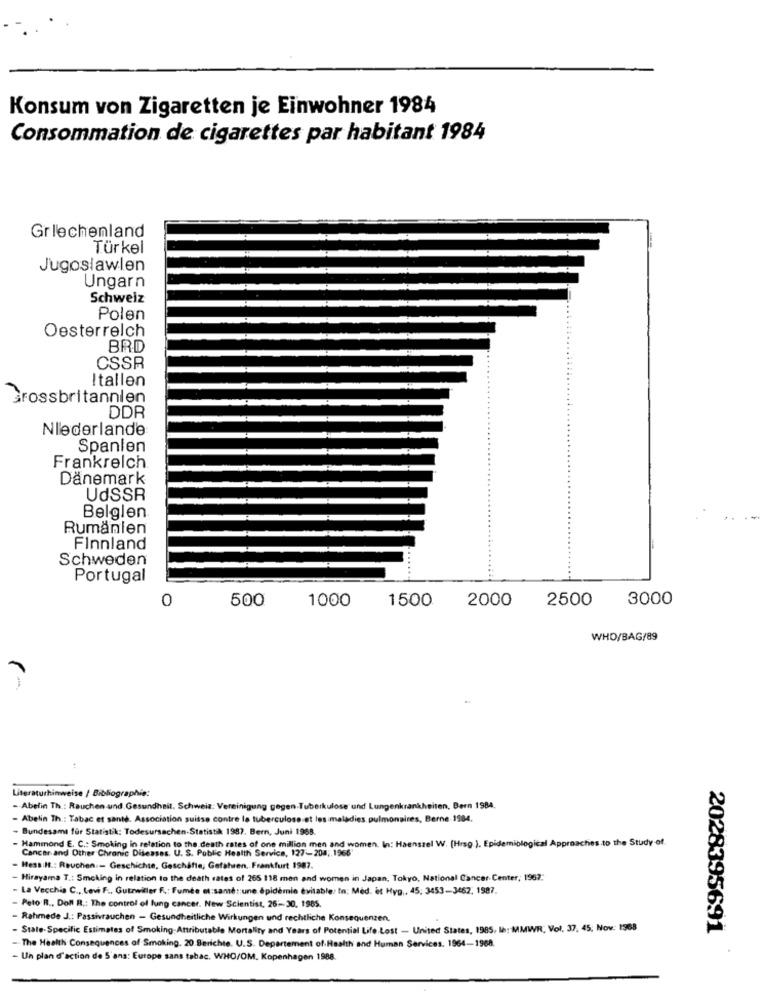
Konsum von Zigaretten je Einwohner 1984
Consommation de cigarettes par habitant 1984
Griechenland
Türkel
Jugoslawien
Ungarn
Schweiz
Polen
Oesterreich
BRD
CSSR
Itallen
Grossbritannien
DDR
Niederlande
Spanien
Frankreich
Dänemark
UdSSR
Belgien
Rumänien
Finnland
Schweden
......
Portugal
0
500
1000
1500
2000
2500
3000
WHO/BAG/89
Literaturhinweise / Bibliographie:
- Abelin Th .: Rauchen-und.Gesundheit. Schweiz: Vereinigung gegen.Tuberkulose und Lungenkrankheiten, Bern 1984.
- Abelin Th .: Tabac et santé. Association suisse contre la tuberculose et les maladies pulmonaires, Berne 1984.
Bundesamt für Statistik: Todesursachen-Statistik 1987. Bern, Juni 1968.
Hammond E. C .: Smoking in relation to the death rates of one million men and women. In: Haenszel W. (Hrsg ). Epidemiological Approaches to the Study of.
Cancer and Other Chronic Diseases. U. S. Public Health Service, 127-204, 1966
Hess It .: Rauchen :- Geschichte, Geschäfte, Gefahren, Frankfurt 1987.
Hirayama T .: Smoking in relation to the death rates of 265 118 men and women in Japan, Tokyo, National Cancer Center, 1967."
- La Vecchia C .,, Levi F ., Gutzwiller R .: Fumée et:samé :: une épidémie évitable: In: Méd, èt Hyg ,, 45, 3453-3462, 1987.
- Peto R ., Doll R .: The control of lung cancer. New Scientist, 26:30, 1985.
- Rahmede J .: Passivrauchen - Gesundheitliche Wirkungen und rechtliche Konsequenzen.
- State-Specific Estimates of Smoking- Attributable Mortality and Years of Potential Life.Lost - United States, 1985, In: MMWR; Vol, 37, 45. Nov. 1968
2028395691
The Health Consequences of Smoking. 20 Berichte. U.S. Departement of Health and Human Services. 1964-1968.
- Un plan d'action de 5 ans: Europe sans tabac, WHO/OM. Kopenhagen 1988.